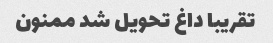
تقریبا داغ تحویل شد ممنون